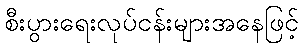
စီးပွားရေးလုပ်ငန်းများအနေဖြင့်